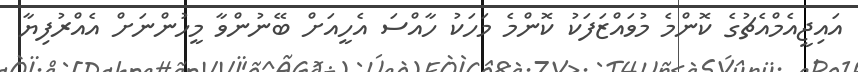
އައިޖީއެމްއެޗުގެ ކޮންމެ މުވައްޒަފަކު ކޮންމެ މަހަކު ހާއްސަ އެހީއަށް ބޭނުންވާ މީހުންނަށް އެއްރުފިޔާ